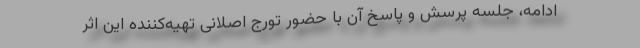
ادامه، جلسه پرسش و پاسخ آن با حضور تورج اصلانی تهیه‌کننده این اثر